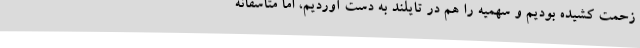
زحمت کشیده بودیم و سهمیه را هم در تایلند به دست آوردیم، اما متاسفانه